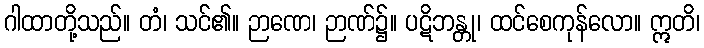
ဂါထာတို့သည်။ တံ၊ သင်၏။ ဉာဏေ၊ ဉာဏ်၌။ ပဋိဘန္တု၊ ထင်စေကုန်လော။ ဣတိ၊